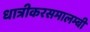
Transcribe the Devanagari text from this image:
धात्रीकरसमालम्बी